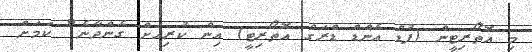
މި އޮތޯރިޓީން (ފުޑް އެންޑް ޑްރަގް އޮތޯރިޓީ) އިން ކުރިއަށް ގެންދާނެ" ކަމަށް